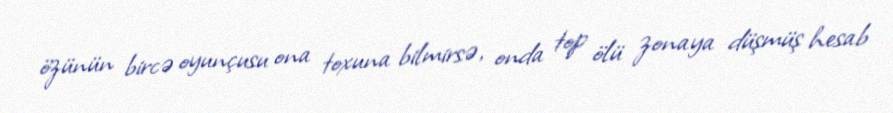
özünün bircə oyunçusu ona toxuna bilmirsə, onda top ölü zonaya düşmüş hesab